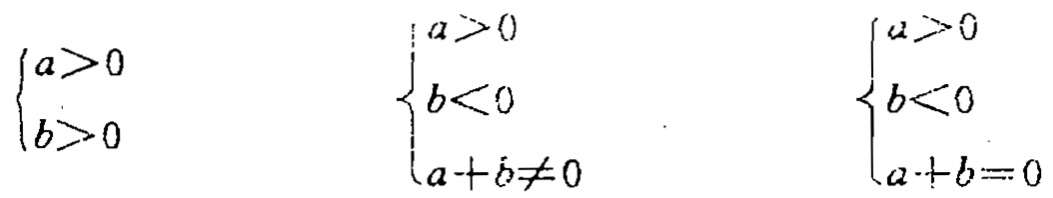
\(\begin{cases}a>0 \\ b>0\end{cases}\)  \(\begin{cases}a>0 \\ b<0 \\ a + b\neq0\end{cases}\)  \(\begin{cases}a>0 \\ b<0 \\ a + b=0\end{cases}\)